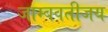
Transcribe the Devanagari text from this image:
जाम्बवतीजय